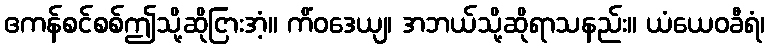
ဧကန်စင်စစ်ဤသို့ဆိုငြားအံ့။ ကိံဝဒေယျ၊ အဘယ်သို့ဆိုရာသနည်း။ ယံယေဝခီရံ၊